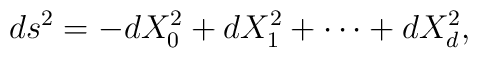
ds^2=-dX_0^2+dX_1^2+\cdots+dX_d^2,